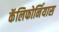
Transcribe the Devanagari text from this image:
कॅलिफोर्नियास